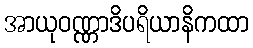
အာယုဝဏ္ဏာဒိပရိယာနိကထာ